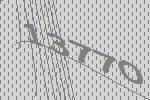
13770